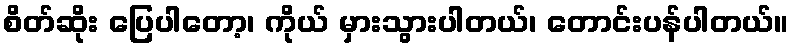
စိတ်ဆိုး ပြေပါတော့၊ ကိုယ် မှားသွားပါတယ်၊ တောင်းပန်ပါတယ်။